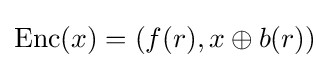
{\rm {Enc}}(x)=(f(r),x\oplus b(r))